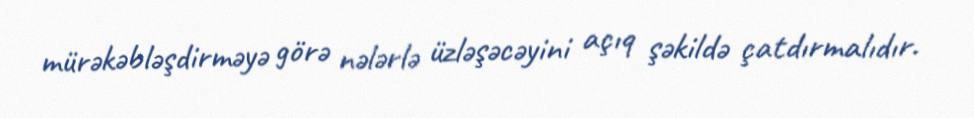
mürəkəbləşdirməyə görə nələrlə üzləşəcəyini açıq şəkildə çatdırmalıdır.